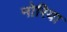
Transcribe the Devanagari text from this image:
नोरिया